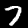
Digit: 7